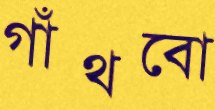
গাঁথবো